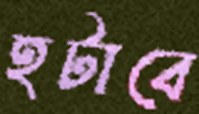
হটাবে